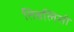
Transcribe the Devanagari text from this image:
तिबलिसी